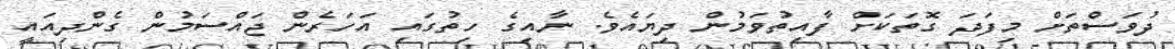
ދުވަސްތަށް މިފަދަ ގޮަތަކަށް ފާއިތުވަމުން ދިޔައެވެ. ނާއިގެ ހިތުގައި އަހަރެން ޖައްސަމުން ގެންދިއައީ